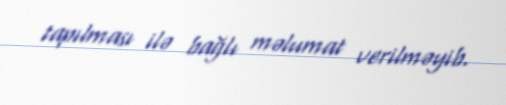
tapılması ilə bağlı məlumat verilməyib.